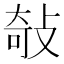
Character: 敧